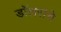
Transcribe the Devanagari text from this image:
डॉलरांचे